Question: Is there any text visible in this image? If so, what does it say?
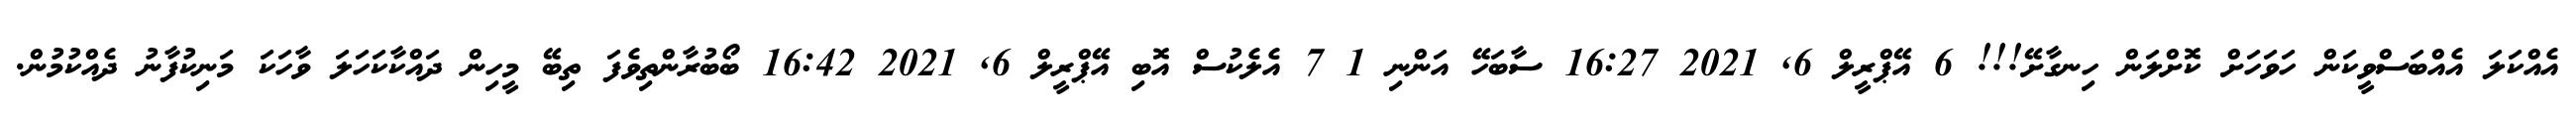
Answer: އެއްކަލަ އެއްބަސްވީކަން ހަވަހަށް ކޮށްލަން ހިނގާށޭ!!! 6 އޭޕްރީލް 6, 2021 16:27 ސާބަހޭ އަންނި 1 7 އެލެކުސް އޮބި އޭޕްރީލް 6, 2021 16:42 ބޯބުރާންތިވެފަ ތިބޭ މީހިން ދައްކާކަހަލަ ވާހަކަ މަނިކުފާނު ދެއްކުމުން.